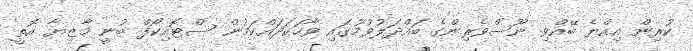
ކުރިން އިއްޔެ ބޭއްވި ނޫސްވެރިންގެ ބައްދަލުވުމުގައި ވާހަކަދައްކަމުން ސްޓޮއިކޯފް ބުނީ މާޒިޔާ އޮތީ